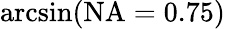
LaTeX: \arcsin(\mathrm{NA}=0.75)